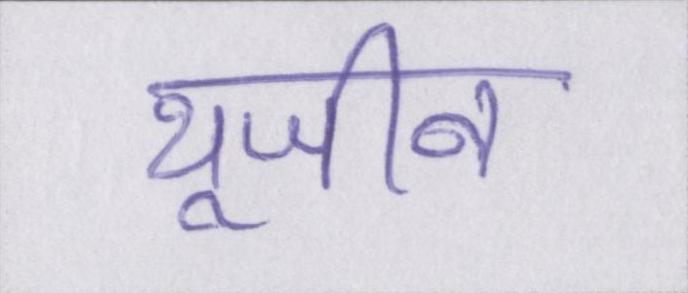
यूजीन